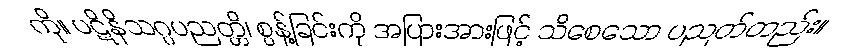
ကို။ ပဋိနိသဂ္ဂပညတ္တိ၊ စွန့်ခြင်းကို အပြားအားဖြင့် သိစေသော ပညတ်တည်း။